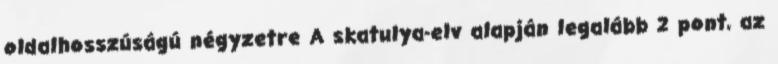
oldalhosszúságú négyzetre A skatulya-elv alapján legalább 2 pont, az